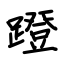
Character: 蹬